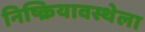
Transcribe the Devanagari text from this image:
निष्क्रियावस्थेला